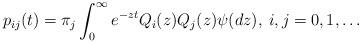
LaTeX: \begin{align*}p_{ij}(t) = \pi_j\int_0^\infty e^{-zt}Q_i(z)Q_j(z)\psi(dz),\>i,j=0,1,\ldots\end{align*}